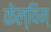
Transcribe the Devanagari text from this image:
केल्विन्